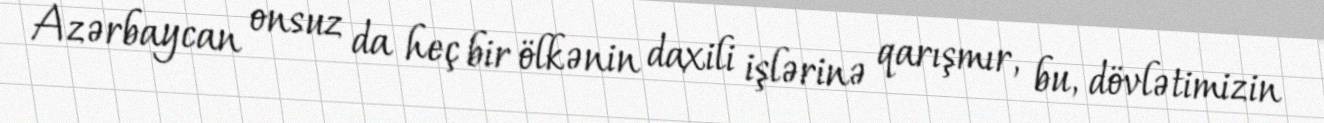
Azərbaycan onsuz da heç bir ölkənin daxili işlərinə qarışmır, bu, dövlətimizin